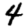
Digit: 4